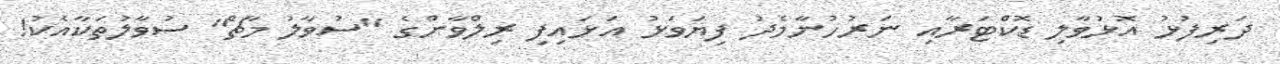
ދަރިފުޅު އޮޅުވާލި ޑޮކްޓަރާއި ނަރުހުނާމެދު ފިޔަވަޅު އަޅައިފި ރިލްވާންގެ "ސުވާލު މާޗް" ސުވާލުތަކާއެކު!